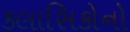
કલાસિકોનો